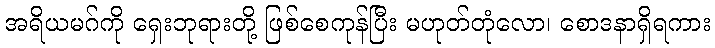
အရိယမဂ်ကို ရှေးဘုရားတို့ ဖြစ်စေကုန်ပြီး မဟုတ်တုံလော၊ စောဒနာရှိရကား